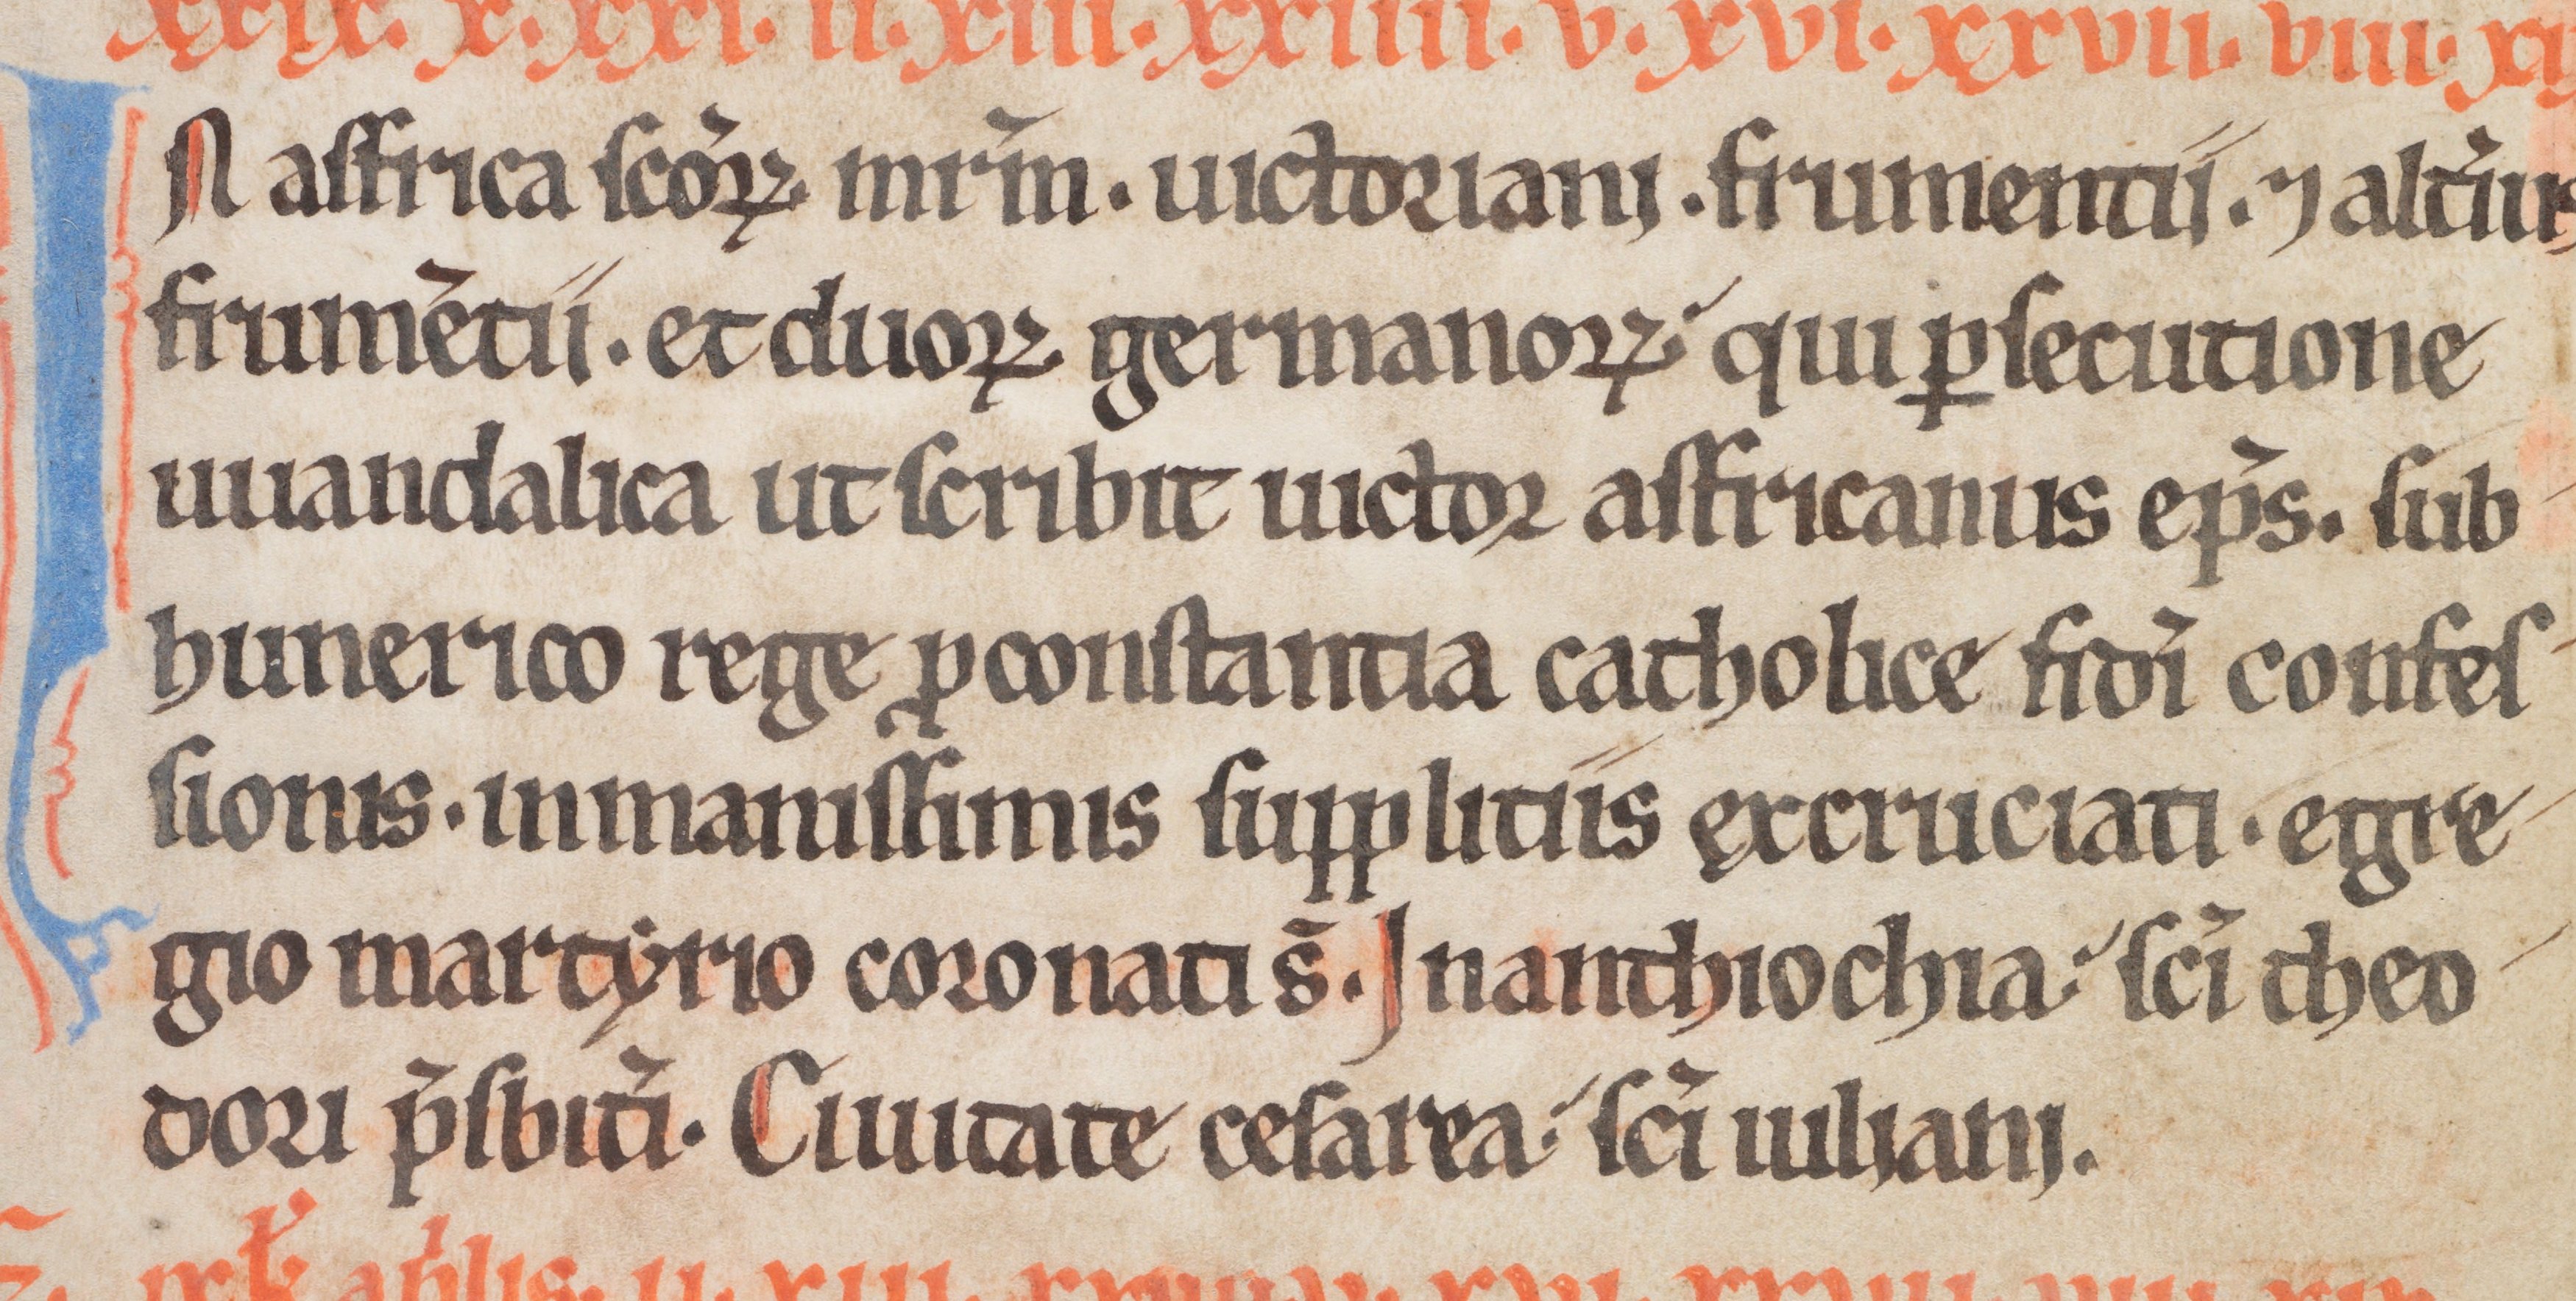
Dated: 1185–1215